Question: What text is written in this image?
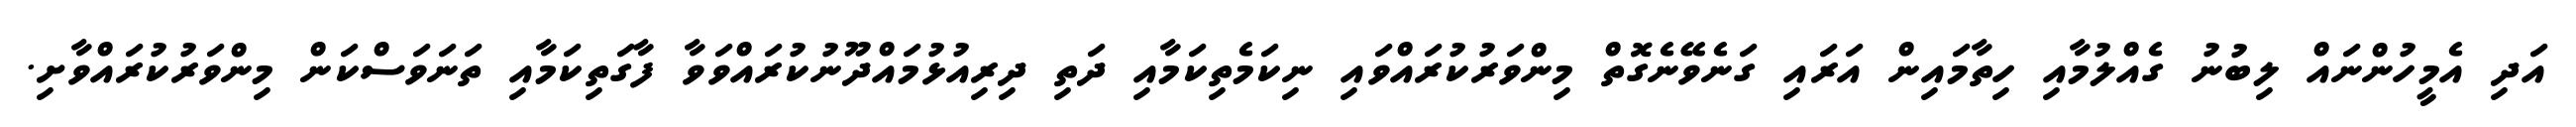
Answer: އަދި އެމީހުންނައް ލިބުނު ގެއްލުމާއި ހިތާމައިން އަރައި ގަނެވޭނެގޮތް މިންވަރުކުރައްވައި ނިކަމެތިކަމާއި ދަތި ދިރިއުޅުމައްދޫނުކުރައްވަވާ ފާގަތިކަމާއި ތަނަވަސްކަން މިންވަރުކުރައްވާށި.